Senior Leaving Certificate Examination (including Day School Certificate (Higher) General paper), 1948
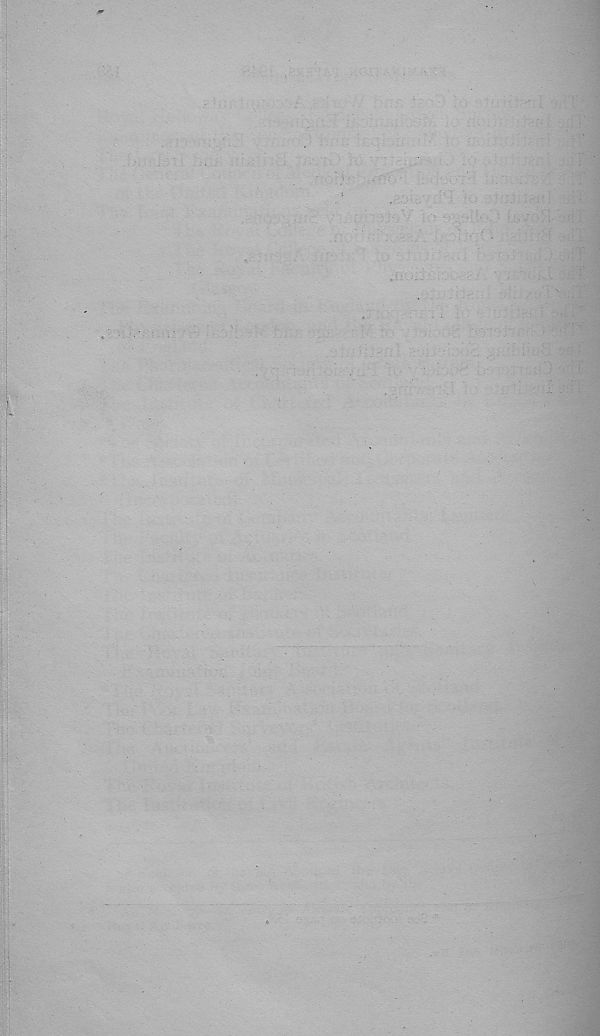
. '
T ■
.
'
■ : m.
-
fi- -ji
t